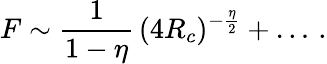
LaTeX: F\sim\frac{1}{1-\eta}\, (4R_{c})^{-{\frac{\eta}{2}}}+\ldots\, .